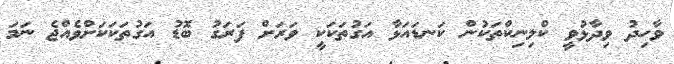
ވާހިދު ވިދާޅުވީ ކްލިނިކްތަކުން ކަނޑައަޅާ އަގުތަކަކީ ވަރަށް ފަރަގު ބޮޑު އަގުތަކަކަށްވެއްޖެ ނަމަ